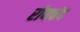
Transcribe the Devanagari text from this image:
रोयचंद